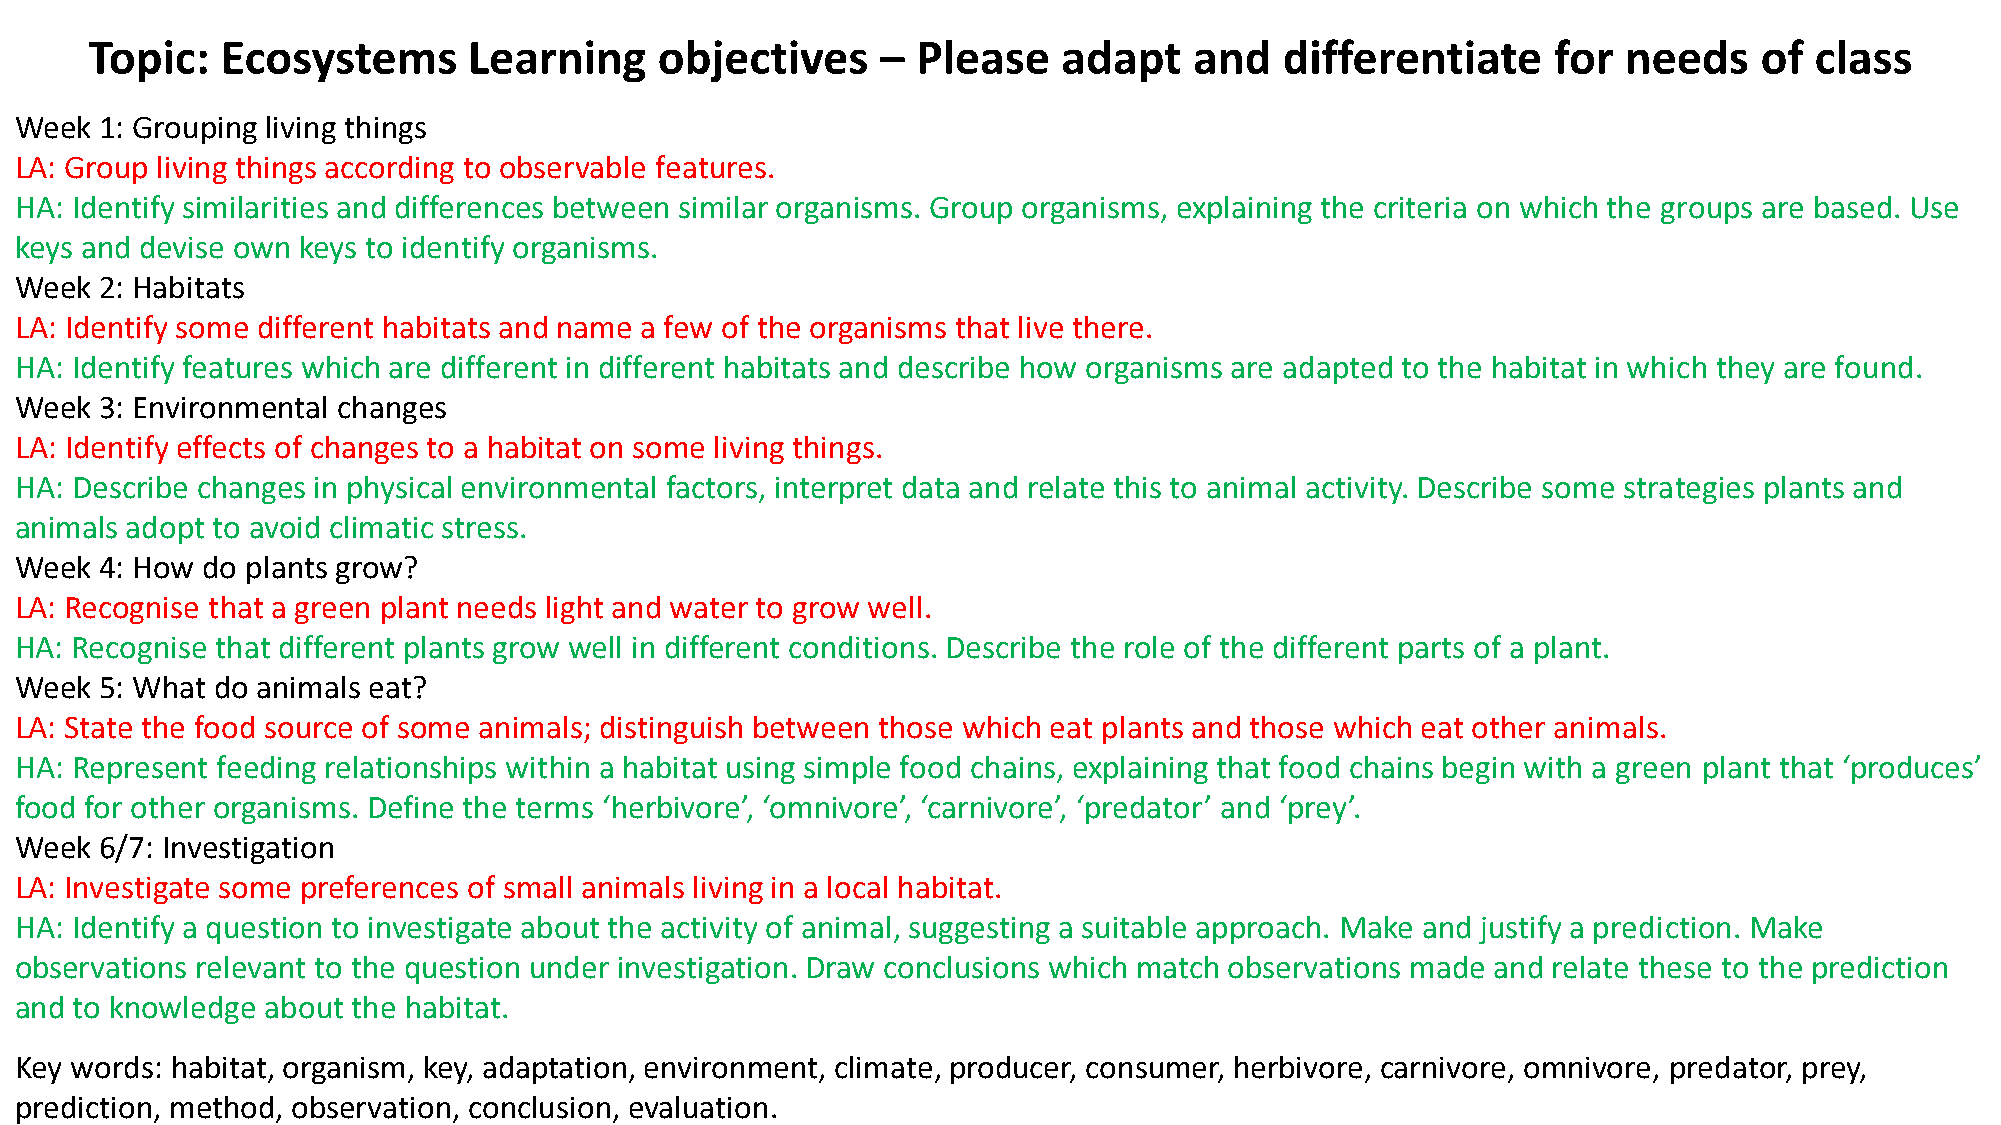
Topic:   Ecosystems      Learning     objectives    –  Please   adapt    and   differentiate     for  needs    of class
 Week  1: Grouping living things
 LA: Group living things according to observable features.
 HA: Identify similarities and differences between similar organisms. Group organisms, explaining the criteria on which the groups are based. Use
 keys and devise own keys to identify organisms.
 Week  2: Habitats
 LA: Identify some different habitats and name a few of the organisms that live there.
 HA: Identify features which are different in different habitats and describe how organisms are adapted to the habitat in which they are found.
 Week  3: Environmental changes
 LA: Identify effects of changes to a habitat on some living things.
 HA: Describe changes in physical environmental factors, interpret data and relate this to animal activity. Describe some strategies plants and
 animals adopt to avoid climatic stress.
 Week  4: How do plants grow?
 LA: Recognise that a green plant needs light and water to grow well.
 HA: Recognise that different plants grow well in different conditions. Describe the role of the different parts of a plant.
 Week  5: What do animals eat?
 LA: State the food source of some animals; distinguish between those which eat plants and those which eat other animals.
 HA: Represent feeding relationships within a habitat using simple food chains, explaining that food chains begin with a green plant that ‘produces’
 food for other organisms. Define the terms ‘herbivore’, ‘omnivore’, ‘carnivore’, ‘predator’ and ‘prey’.
 Week  6/7: Investigation
 LA: Investigate some preferences of small animals living in a local habitat.
 HA: Identify a question to investigate about the activity of animal, suggesting a suitable approach. Make and justify a prediction. Make
 observations relevant to the question under investigation. Draw conclusions which match observations made and relate these to the prediction
 and to knowledge about the habitat.
 Key words: habitat, organism, key, adaptation, environment, climate, producer, consumer, herbivore, carnivore, omnivore, predator, prey,
 prediction, method, observation, conclusion, evaluation.